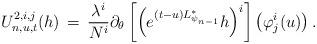
LaTeX: \begin{align*} U^{2,i,j}_{n,u,t}(h)\, =\, \frac{\lambda^i}{N^i}\partial_\theta\left[ \left( e^{(t-u)L_{\psi_{n-1}}^*}h\right)^i\right]\big(\varphi^i_j(u)\big)\, .\end{align*}